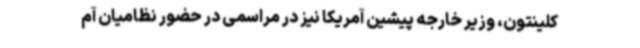
کلینتون، وزیر خارجه پیشین آمریکا نیز در مراسمی در حضور نظامیان آم